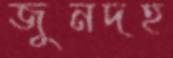
জুনদহ